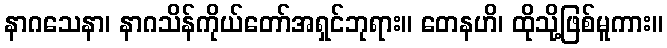
နာဂသေနာ၊ နာဂသိန်ကိုယ်တော်အရှင်ဘုရား။ တေနဟိ၊ ထိုသို့ဖြစ်မူကား။